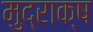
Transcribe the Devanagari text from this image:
मुद्राक्ष